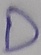
Text: D